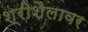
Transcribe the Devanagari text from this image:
श्रीशैलावर